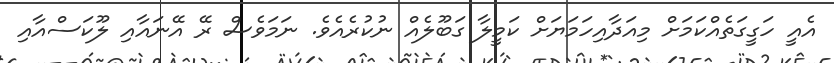
އެއީ ހަގީގަތެއްކަމަށް މިއަދާއިހަމަޔަށް ކަމީލާ ގަބޫލެއް ނުކުރެއެވެ. ނަމަވެސް ރޭ އޭނައާއި ލޫކަސްއާއި